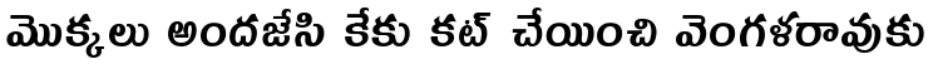
మొక్కలు అందజేసి కేకు కట్ చేయించి వెంగళరావుకు